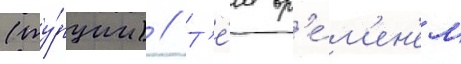
(ту́рции) // Т'е́м вр'е́м'ен'ем